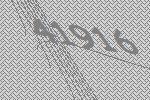
41916